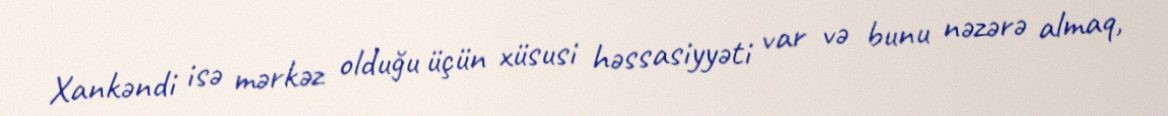
Xankəndi isə mərkəz olduğu üçün xüsusi həssasiyyəti var və bunu nəzərə almaq,